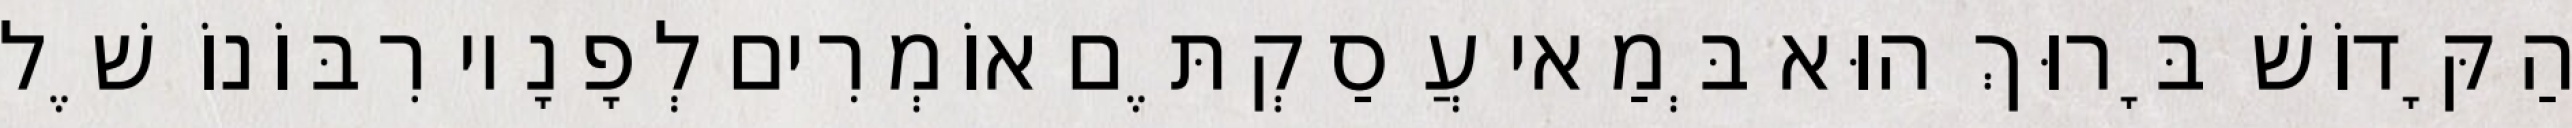
הַקָּדוֹשׁ בָּרוּךְ הוּא בְּמַאי עֲסַקְתֶּם אוֹמְרִים לְפָנָיו רִבּוֹנוֹ שֶׁל